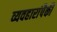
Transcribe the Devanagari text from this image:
व्यवहारांपैकी